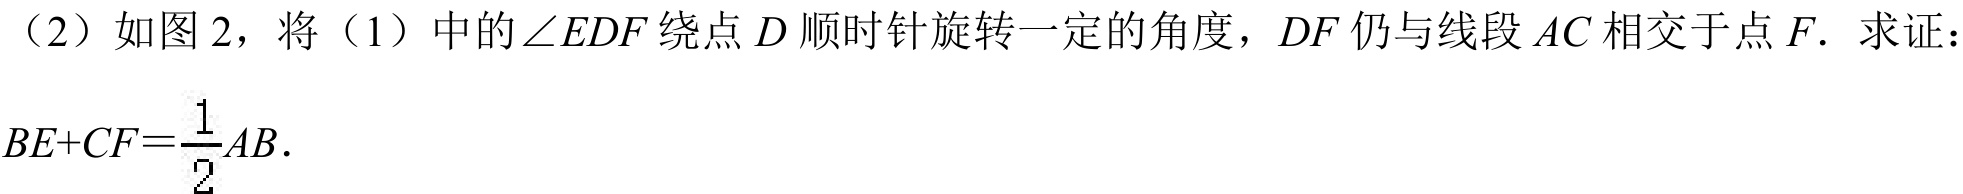
(2) 如图2，将(1)中的$\angle EDF$绕点$D$顺时针旋转一定的角度，$DF$仍与线段$AC$相交于点$F.$ 求证：
$BE + CF=\frac{1}{2}AB.$